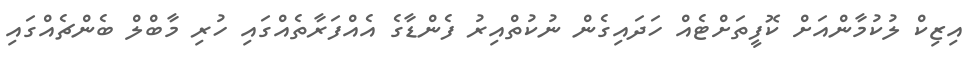
އިޒިކް ލުކުމާންއަށް ކޮފީތަށްޓެއް ހަދައިގެން ނުކުތްއިރު ފެންޑާގެ އެއްފަރާތެއްގައި ހުރި މާބްލް ބެންޗެއްގައި